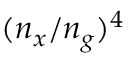
( n _ { x } / n _ { g } ) ^ { 4 }